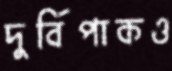
দুর্বিপাকও